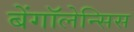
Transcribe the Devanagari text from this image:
बेंगॉलेन्सिस